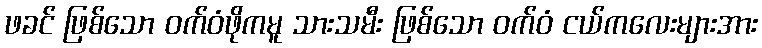
ဖခင် ဖြစ်သော ဝက်ဝံဖိုကမူ သားသမီး ဖြစ်သော ဝက်ဝံ ငယ်ကလေးများအား